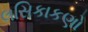
લસિકાકણો